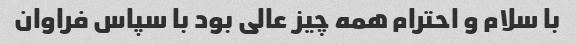
با سلام و احترام همه چیز عالی بود با سپاس فراوان